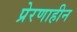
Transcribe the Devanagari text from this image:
प्रेरणाहीन